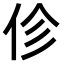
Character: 𫢗